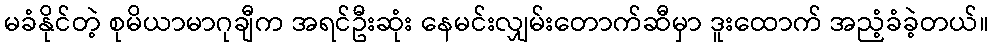
မခံနိုင်တဲ့ စုမိယာမာဂုချီက အရင်ဦးဆုံး နေမင်းလျှမ်းတောက်ဆီမှာ ဒူးထောက် အညံ့ခံခဲ့တယ်။